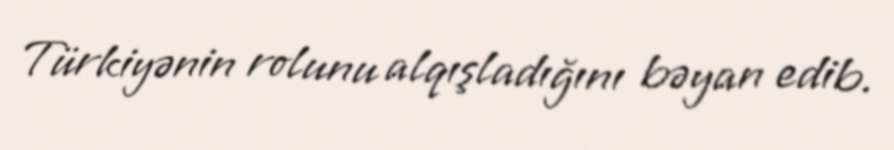
Türkiyənin rolunu alqışladığını bəyan edib.